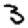
Digit: 3